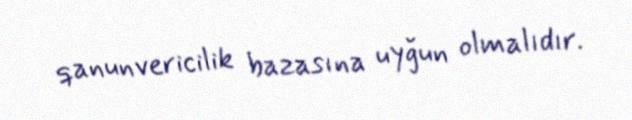
qanunvericilik bazasına uyğun olmalıdır.